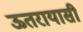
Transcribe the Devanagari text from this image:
ऊतरायासी